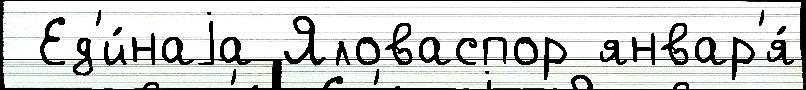
 Ед'и́наjа Яловаспор январ'я́